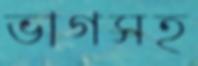
ভাগসহ